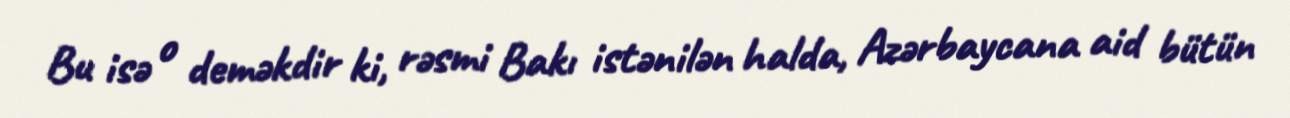
Bu isə o deməkdir ki, rəsmi Bakı istənilən halda, Azərbaycana aid bütün